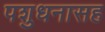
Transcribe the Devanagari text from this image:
पशुधनासह